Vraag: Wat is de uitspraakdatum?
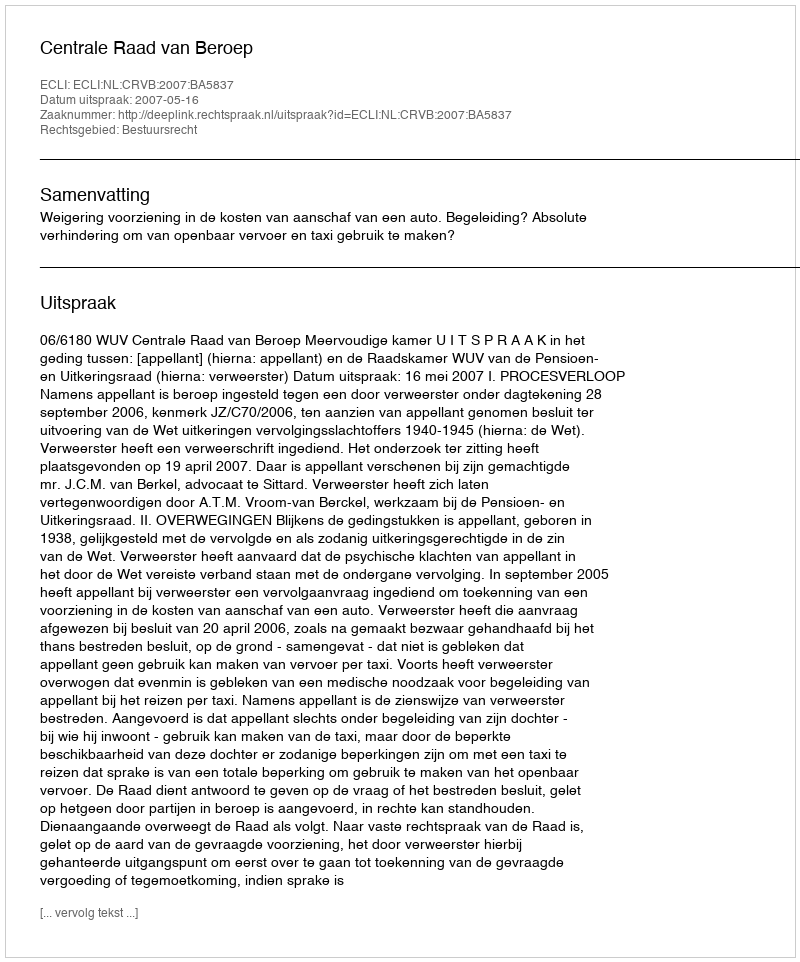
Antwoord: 2007-05-16